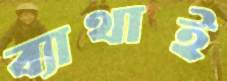
ব্যাথাই